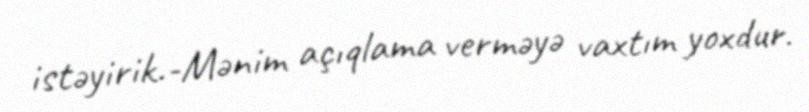
istəyirik.-Mənim açıqlama verməyə vaxtım yoxdur.